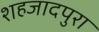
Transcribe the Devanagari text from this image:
शहजादपुरा